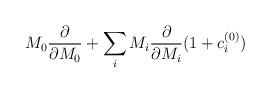
LaTeX: \begin{align*}M_0\frac{\partial}{\partial M_0} + \sum_iM_i\frac{\partial}{\partial M_i} (1+c_i^{(0)})\end{align*}